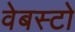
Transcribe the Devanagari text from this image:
वेबस्टो